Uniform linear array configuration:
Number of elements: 12
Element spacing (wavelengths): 0.5
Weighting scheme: blackman
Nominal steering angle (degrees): -45
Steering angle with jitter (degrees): -43.072
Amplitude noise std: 0.05
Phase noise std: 0.05

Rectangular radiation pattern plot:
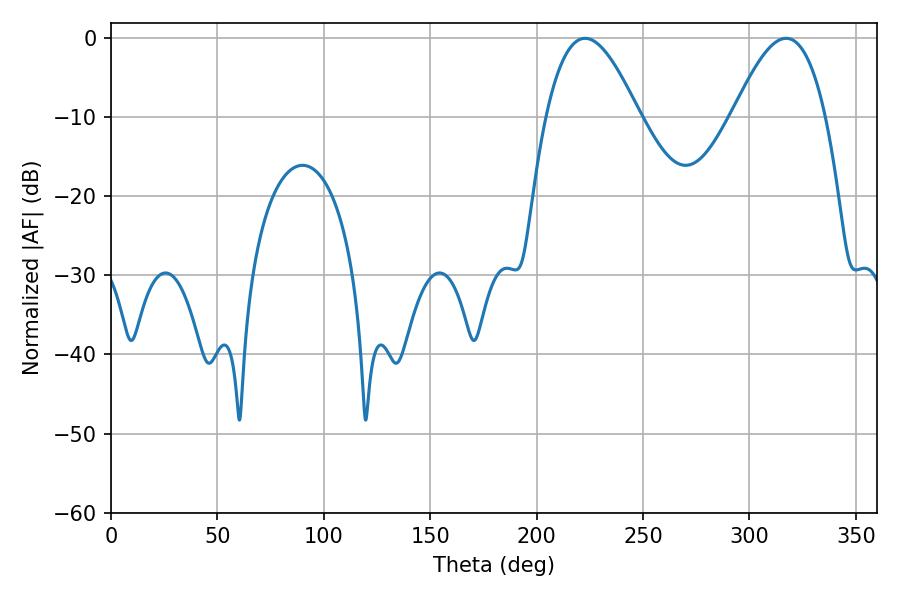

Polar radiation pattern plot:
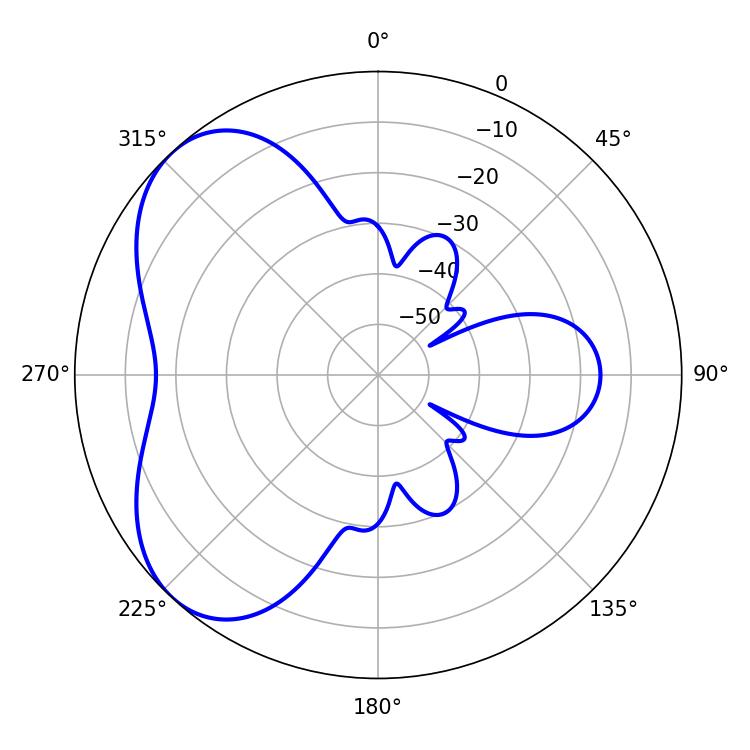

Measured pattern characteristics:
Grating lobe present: FALSE
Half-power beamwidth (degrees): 23.76
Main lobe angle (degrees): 222.84